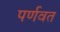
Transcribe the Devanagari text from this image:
पर्णवत